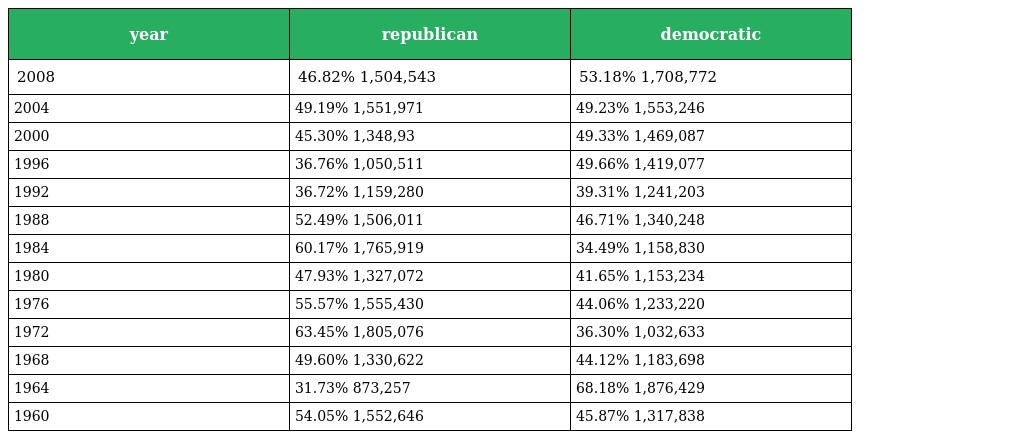
| year | republican | democratic |
 | --- | --- | --- |
 | 2008 | 46.82% 1,504,543 | 53.18% 1,708,772 |
 | 2004 | 49.19% 1,551,971 | 49.23% 1,553,246 |
 | 2000 | 45.30% 1,348,93 | 49.33% 1,469,087 |
 | 1996 | 36.76% 1,050,511 | 49.66% 1,419,077 |
 | 1992 | 36.72% 1,159,280 | 39.31% 1,241,203 |
 | 1988 | 52.49% 1,506,011 | 46.71% 1,340,248 |
 | 1984 | 60.17% 1,765,919 | 34.49% 1,158,830 |
 | 1980 | 47.93% 1,327,072 | 41.65% 1,153,234 |
 | 1976 | 55.57% 1,555,430 | 44.06% 1,233,220 |
 | 1972 | 63.45% 1,805,076 | 36.30% 1,032,633 |
 | 1968 | 49.60% 1,330,622 | 44.12% 1,183,698 |
 | 1964 | 31.73% 873,257 | 68.18% 1,876,429 |
 | 1960 | 54.05% 1,552,646 | 45.87% 1,317,838 |